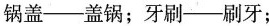
锅盖--盖锅；牙刷--刷牙；